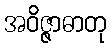
အဝိဇ္ဇာဓာတု